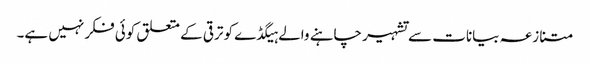
متنازعہ بیانات سے تشہیر چاہنے والے ہیگڈے کو ترقی کے متعلق کوئی فکر نہیں ہے۔